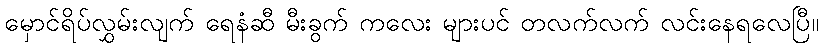
မှောင်ရိပ်လွှမ်းလျက် ရေနံဆီ မီးခွက် ကလေး များပင် တလက်လက် လင်းနေရလေပြီ။